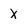
Character: x